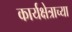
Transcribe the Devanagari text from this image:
कार्यक्षेत्राच्या